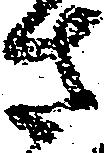
さ